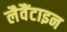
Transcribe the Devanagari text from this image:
लैवैंटाइन